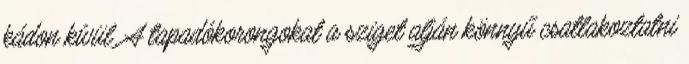
kádon kívül. A tapadókorongokat a sziget alján könnyű csatlakoztatni